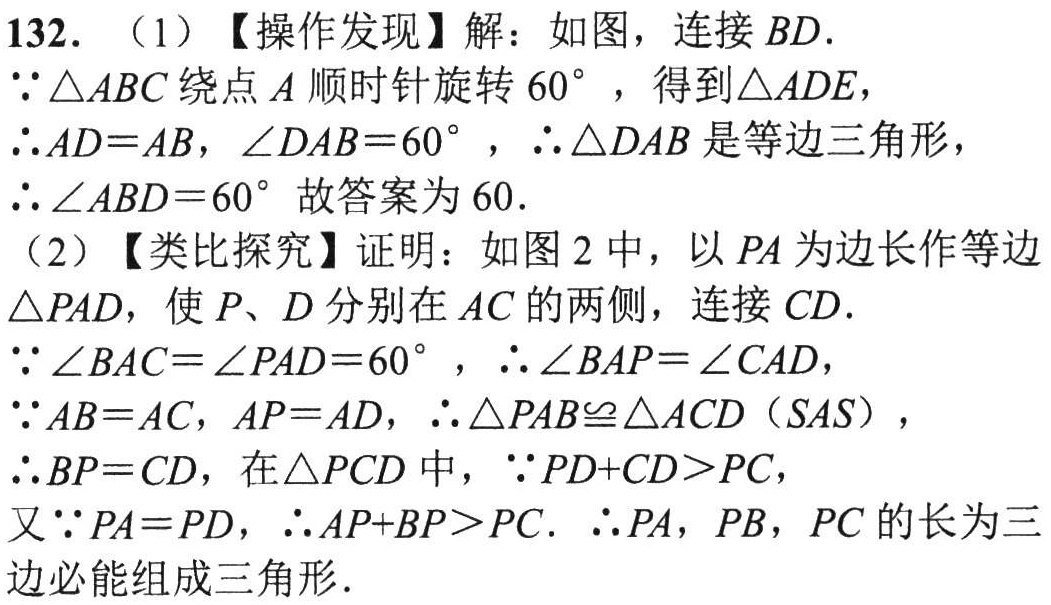
132. （1）【操作发现】解：如图，连接 \(BD\).
\(\because\triangle ABC\) 绕点 \(A\) 顺时针旋转 \(60^{\circ}\) ，得到 \(\triangle ADE\)，
\(\therefore AD = AB\)，\(\angle DAB = 60^{\circ}\) ，\(\therefore\triangle DAB\) 是等边三角形，
\(\therefore\angle ABD = 60^{\circ}\) 故答案为 \(60\).
（2）【类比探究】证明：如图2中，以 \(PA\) 为边长作等边 \(\triangle PAD\)，使 \(P\)、\(D\) 分别在 \(AC\) 的两侧，连接 \(CD\).
\(\because\angle BAC=\angle PAD = 60^{\circ}\) ，\(\therefore\angle BAP=\angle CAD\)，
\(\because AB = AC\)，\(AP = AD\)，\(\therefore\triangle PAB\cong\triangle ACD\)（\(SAS\)），
\(\therefore BP = CD\)，在 \(\triangle PCD\) 中，\(\because PD + CD>PC\)，
又 \(\because PA = PD\)，\(\therefore AP + BP>PC\). \(\therefore PA\)，\(PB\)，\(PC\) 的长为三边必能组成三角形.